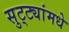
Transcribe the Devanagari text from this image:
सुट्ट्यांमधे